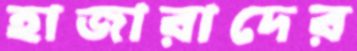
হাজারাদের